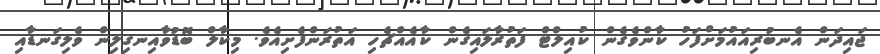
ޖައިދަން އެނބުރިއައުމަށްފަހު ކާންވެގެން ކުއިލްޓް ފަތުރާލައިގެން ކާއެއްޗެހި އަތުރަންފެށިއެވެ. މިކާލް ބޮޑުވާއިނގިލިން ވެލިގަނޑާއި